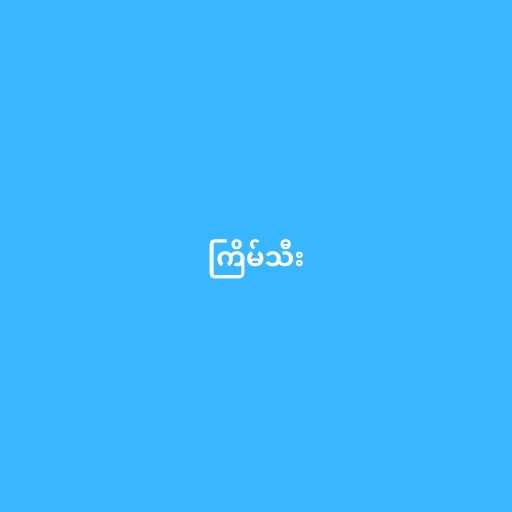
ကြိမ်သီး